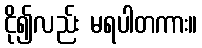
ငို၍လည်း မရပါတကား။